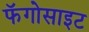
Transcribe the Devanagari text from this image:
फॅगोसाइट